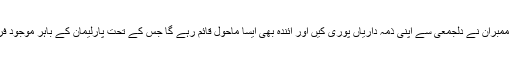
کمیٹی کے 71 اجلاس منعقد ہوئے ، ممبران نے دلجمعی سے اپنی ذمہ داریاں پوری کیں اور آئندہ بھی ایسا ماحول قائم رہے گا جس کے تحت پارلیمان کے باہر موجود فریقین سے بھی تجاویز لیں جایا کریں۔